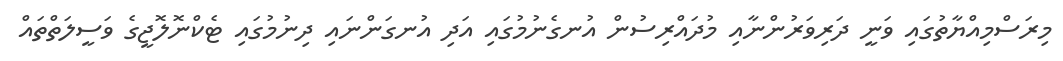
މިރަސްމިއްޔާތުގައި ވަނީ ދަރިވަރުންނާއި މުދައްރިސުން އުނގެނުމުގައި އަދި އުނގަންނައި ދިނުމުގައި ޓެކްނޮލޮޖީގެ ވަސީލަތްތައް